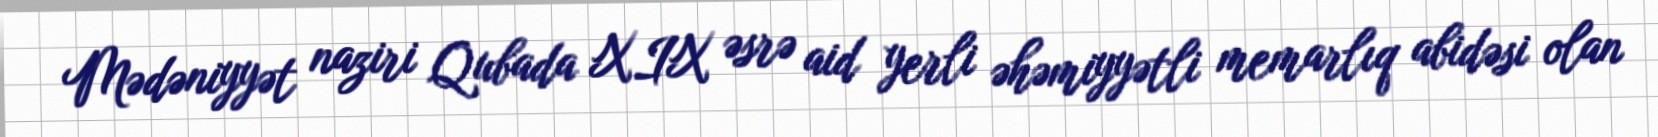
Mədəniyyət naziri Qubada XIX əsrə aid yerli əhəmiyyətli memarlıq abidəsi olan